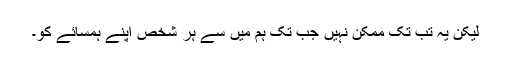
لیکن یہ تب تک ممکن نہیں جب تک ہم میں سے ہر شخص اپنے ہمسائے کو۔